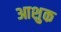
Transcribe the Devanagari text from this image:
आशुक